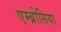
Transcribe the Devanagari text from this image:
एम्ब्रोसिया